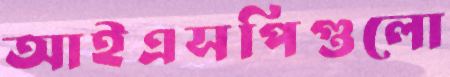
আইএসপিগুলো